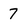
Character: 7